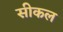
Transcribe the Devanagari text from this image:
सीकल